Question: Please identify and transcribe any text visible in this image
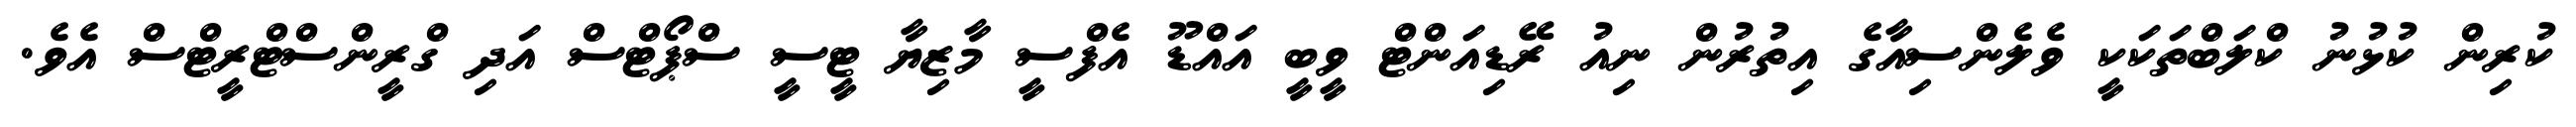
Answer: ކުރިން ކުޅުނު ކްލަބްތަކަކީ ވެލެންސިއާގެ އިތުރުން ނިއު ރޭޑިއަންޓް ވީބީ އައްޑޫ އެފްސީ މާޒިޔާ ޓީސީ ސްޕޯޓްސް އަދި ގްރީންސްޓްރީޓްސް އެވެ.